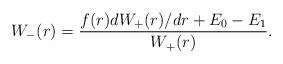
LaTeX: \begin{align*} W_-(r) = \frac{f(r) dW_+(r)/dr + E_0 - E_1}{W_+(r)}. \end{align*}